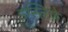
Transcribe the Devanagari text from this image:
इस्तिफे